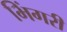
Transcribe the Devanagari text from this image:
भिंगरी